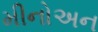
મીનોઅન